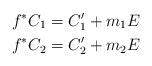
LaTeX: \begin{gather*}f^{\ast}C_1=C^{\prime}_1+m_1E\\f^{\ast}C_2=C^{\prime}_2+m_2E\end{gather*}